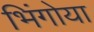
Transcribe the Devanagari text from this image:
भिंगोया